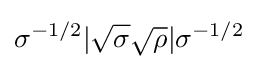
\sigma ^{-1/2}|{\sqrt {\sigma }}{\sqrt {\rho }}|\sigma ^{-1/2}